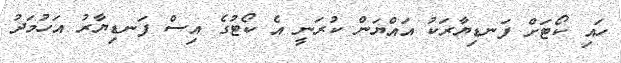
ހައި ކޯޓަށް ފަނޑިޔާރަކު އައްޔަން ކުރަނީ އެ ކޯޓުގެ އިސް ފަނޑިޔާރު އަހުމަދު